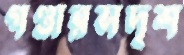
গণ্ডারসদৃশ